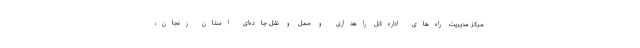
مرکز مدیریت راه‌های اداره‌کل راهداری و حمل و نقل‌ جاده‌ای استان زنجان،